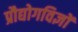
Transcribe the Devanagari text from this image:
प्रौद्योगविज्ञों